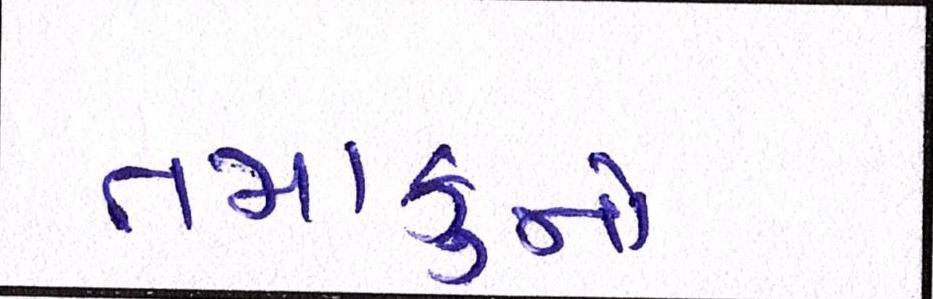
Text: તમાકુનો